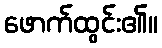
ဖောက်ထွင်း၏။